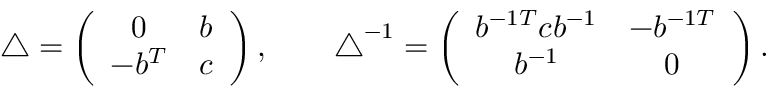
\begin{array} { r } { \triangle = \left( \begin{array} { c c } { 0 } & { b } \\ { - b ^ { T } } & { c } \end{array} \right) , \qquad \triangle ^ { - 1 } = \left( \begin{array} { c c } { b ^ { - 1 T } c b ^ { - 1 } } & { - b ^ { - 1 T } } \\ { b ^ { - 1 } } & { 0 } \end{array} \right) . } \end{array}